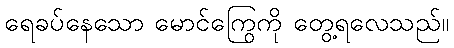
ရေခပ်နေသော မောင်ကြွေကို တွေ့ရလေသည်။